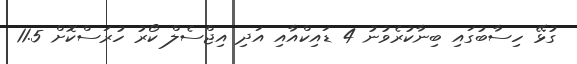
ގުޅޭ ހިސާބުގައި ބިނާކުރެވުނު 4 ޑައިކްއާއި އަދި އިޖްސެލް ކޯރު ހުރަސްކޮށް 11.5